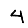
Digit: 4